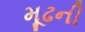
મૂઢની